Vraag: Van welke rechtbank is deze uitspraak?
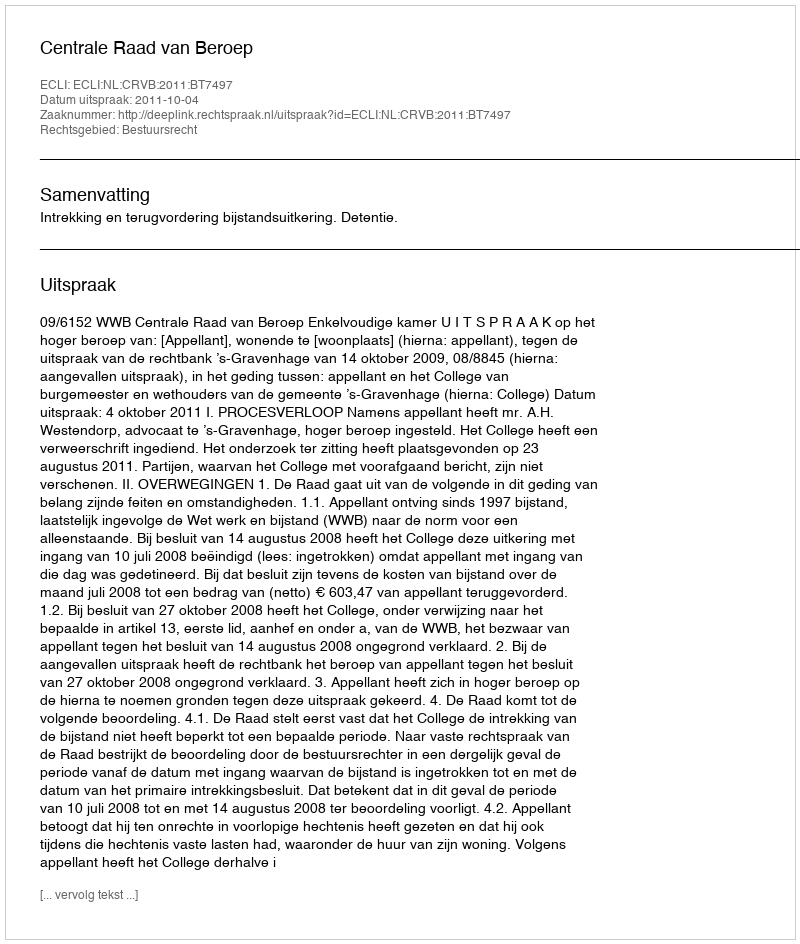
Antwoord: Centrale Raad van Beroep